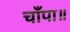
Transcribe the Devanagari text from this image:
चाँपा॥